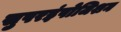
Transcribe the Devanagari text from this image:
सुपरइंपोजिशन